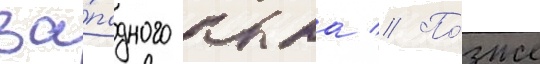
за́падного крыла // По́зже